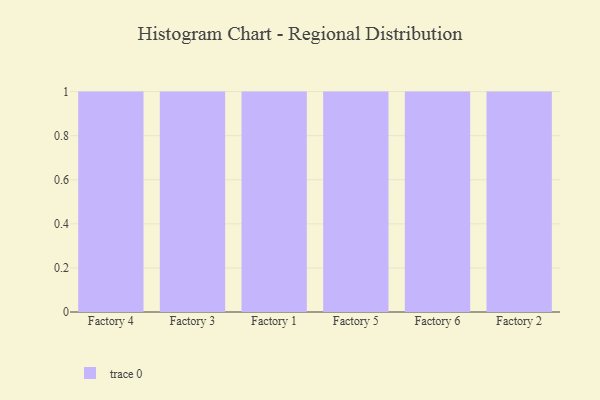
{"axis": {"x": "Factory", "y": "Production Output"}, "legend": [""], "data": [{"x": "Factory 4", "y": 72, "type": ""}, {"x": "Factory 3", "y": 14, "type": ""}, {"x": "Factory 1", "y": 29, "type": ""}, {"x": "Factory 5", "y": 55, "type": ""}, {"x": "Factory 6", "y": 55, "type": ""}, {"x": "Factory 2", "y": 90, "type": ""}]}